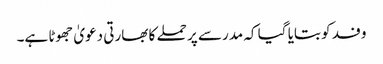
وفد کو بتایا گیا کہ مدرسے پر حملے کا بھارتی دعویٰ جھوٹا ہے۔